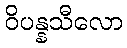
ဝိပန္နသီလော